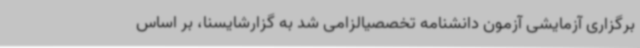
برگزاری آزمایشی آزمون دانشنامه تخصصیالزامی شد به گزارشایسنا، بر اساس